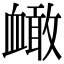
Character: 𧗐